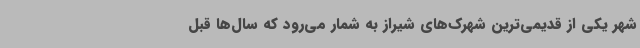
شهر یکی از قدیمی‌ترین شهرک‌های شیراز به شمار می‌رود که سال‌ها قبل